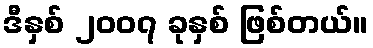
ဒီနှစ် ၂၀၀၇ ခုနှစ် ဖြစ်တယ်။